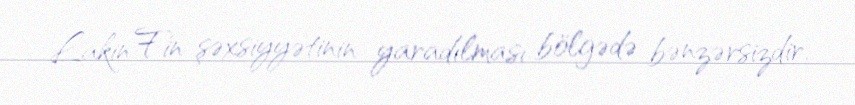
Lakin Fin şəxsiyyətinin yaradılması bölgədə bənzərsizdir.